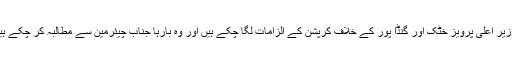
ان میں سے فیصل زمان قریشی سمیت کچھ لوگ وہ ہیں جو کافی دیر سے وزیر اعلی پرویز خٹک اور گنڈا پور کے خلاف کرپشن کے الزامات لگا چکے ہیں اور وہ بارہا جناب چیئرمین سے مطالبہ کر چکے ہیں کہ پرویز خٹک کے اوپر لگنے والے الزامات کی تحقیقات کروائی جائیں۔